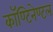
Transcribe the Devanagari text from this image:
कॉण्टिनेण्टल